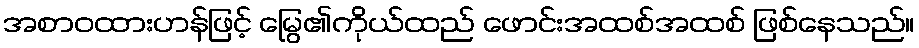
အစာဝထားဟန်ဖြင့် မြွေ၏ကိုယ်ထည် ဖောင်းအထစ်အထစ် ဖြစ်နေသည်။